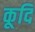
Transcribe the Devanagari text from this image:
कूदि